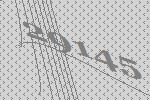
29145